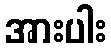
အားပါး